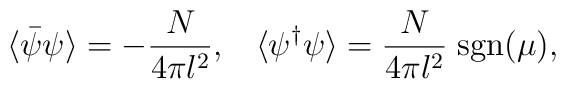
\langle\bar{\psi}\psi\rangle = -\frac{N}{4\pi l^2},\;\;\;  \langle\psi^\dagger \psi\rangle =    \frac{N}{4\pi l^2}\;{\rm sgn}(\mu),